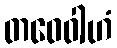
တဝေဝါဟံ